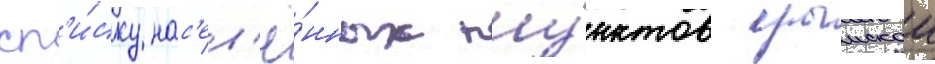
сп'и́ску нас'ел'ё́нных пу́нктов крымскои